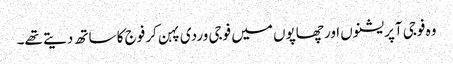
وہ فوجی آپریشنوں اور چھاپوں میں فوجی وردی پہن کر فوج کا ساتھ دیتے تھے۔